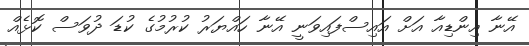
އޭނާ އިންޑިއާ އަށް އައިސްފައިވަނީ އޭނާ ހައްޔަރު ކުރުމުގެ ކުޑަ ދުވަސް ކޮޅެއް